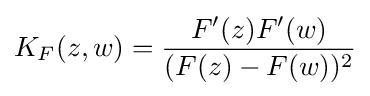
K_{F}(z,w)={F^{\prime }(z)F^{\prime }(w) \over (F(z)-F(w))^{2}}